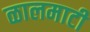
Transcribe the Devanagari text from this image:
ळालमाटी